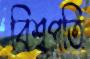
বিশ্বপতি